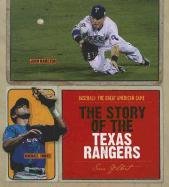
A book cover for The Story of the Texas Rangers (Baseball: the Great American Game); Sara Gilbert; Teen & Young Adult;